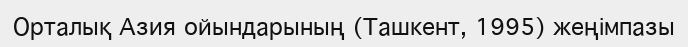
Орталық Азия ойындарының (Ташкент, 1995) жеңімпазы